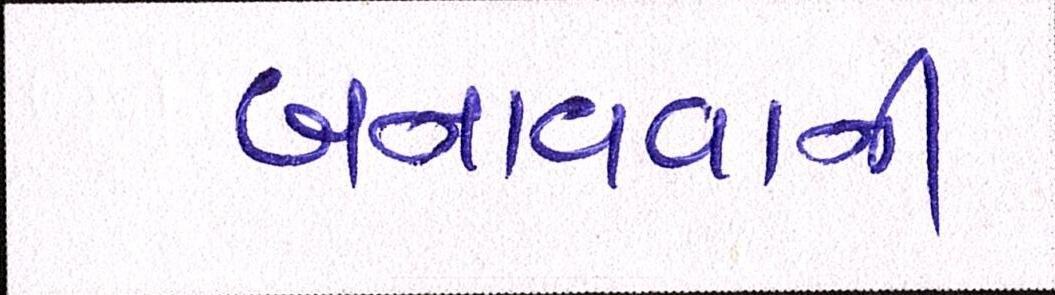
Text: બનાવવાની